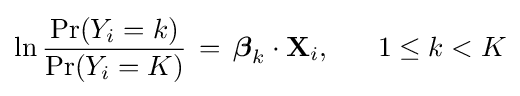
\ln {\frac {\Pr(Y_{i}=k)}{\Pr(Y_{i}=K)}}\,=\,{\boldsymbol {\beta }}_{k}\cdot \mathbf {X} _{i},\;\;\;\;\;\;1\leq k<K